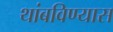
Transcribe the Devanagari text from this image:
थांबविण्यास